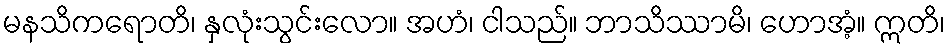
မနသိကရောတိ၊ နှလုံးသွင်းလော။ အဟံ၊ ငါသည်။ ဘာသိဿာမိ၊ ဟောအံ့။ ဣတိ၊